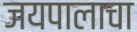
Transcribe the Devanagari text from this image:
जयपालाचा